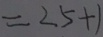
= 2 5 + 1